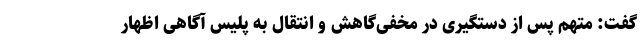
گفت: متهم پس از دستگیری در مخفی‌گاهش و انتقال به پلیس آگاهی اظهار